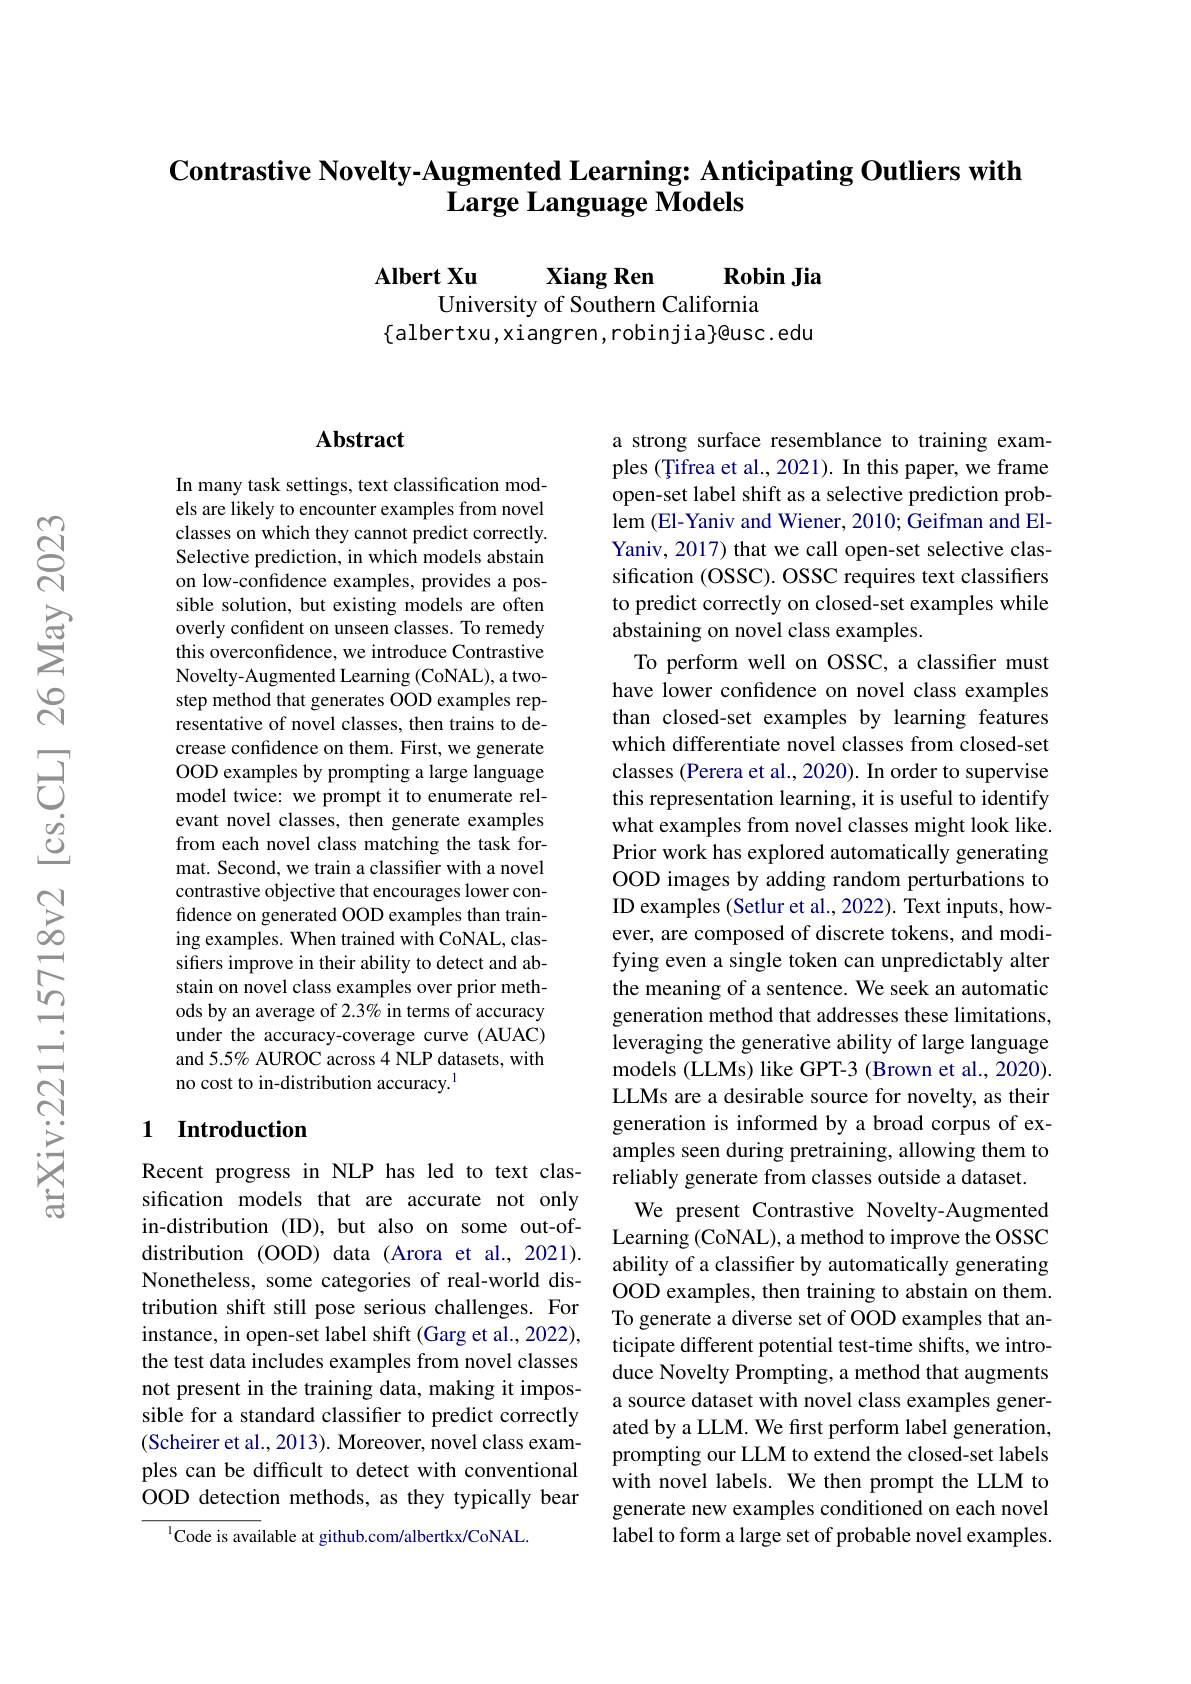
## $\textbf{Contrastive Novelty- Augmented Learning: Anticipating Outliers with}$ $\textbf{Large Language Models}$

$\mathbf{RobinJia}$
$\mathbf{AlbertXu}$
Xiang Ren
University of Southern California
$\{$albertxu,xiangren,robinjia}@usc.edu

## Abstract

In many task settings, text classification models are likely to encounter examples from novel classes on which they cannot predict correctly. Selective prediction, in which models abstain on low-confdence examples, provides a possible solution, but existing models are often overly confident on unseen classes. To remedy this overconfidence, we introduce Contrastive Novelty-Augmented Learning (CoNAL), a twostep method that generates OOD examples representative of novel classes, then trains to decrease confidence on them. First, we generate OOD examples by prompting a large language model twice: we prompt it to enumerate relevant novel classes, then generate examples from each novel class matching the task format. Second, we train a classifier with a novel contrastive objective that encourages lower confidence on generated OOD examples than training examples. When trained with CoNAL, classifiers improve in their ability to detect and abstain on novel class examples over prior methods by an average of 2.3% in terms of accuracy under the accuracy-coverage curve (AUAC) and 5.5% AUROC across 4 NLP datasets, with no cost to in-distribution accuracy.$^{\mathrm{l}}$

## 1 Introduction

Recent progress in NLP has led to text classification models that are accurate not only in-distribution (ID), but also on some out-ofdistribution (OOD) data (Arora et al., 2021). Nonetheless, some categories of real-world distribution shift still pose serious challenges. For instance, in open-set label shift (Garg et al., 2022), the test data includes examples from novel classes not present in the training data, making it impossible for a standard classifier to predict correctly (Scheirer et al., 2013). Moreover, novel class examples can be difficult to detect with conventional OOD detection methods, as they typically bear
$^{1}$Code is available at github.com/albertkx/CoNAL

a strong surface resemblance to training examples (Țifrea et al., 2021). In this paper, we frame open-set label shift as a selective prediction problem (El-Yaniv and Wiener, 2010; Geifman and ElYaniv, 2017) that we call open-set selective classification (OSSC). OSSC requires text classifiers to predict correctly on closed-set examples while abstaining on novel class examples.
To perform well on OSSC, a classifier must have lower confidence on novel class examples than closed-set examples by learning features which differentiate novel classes from closed-set classes (Perera et al., 2020). In order to supervise this representation learning, it is useful to identify what examples from novel classes might look like. Prior work has explored automatically generating OOD images by adding random perturbations to ID examples (Setlur et al., 2022). Text inputs, however, are composed of discrete tokens, and modifying even a single token can unpredictably alter the meaning of a sentence. We seek an automatic generation method that addresses these limitations, leveraging the generative ability of large language models (LLMs) like GPT-3 (Brown et al., 2020). LLMs are a desirable source for novelty, as their generation is informed by a broad corpus of examples seen during pretraining, allowing them to reliably generate from classes outside a dataset.
We present Contrastive Novelty-Augmented Learning (CoNAL), a method to improve the OSSC ability of a classifier by automatically generating OOD examples, then training to abstain on them. To generate a diverse set of OOD examples that anticipate different potential test-time shifts, we introduce Novelty Prompting, a method that augments a source dataset with novel class examples generated by a LLM. We frst perform label generation, prompting our LLM to extend the closed-set labels with novel labels. We then prompt the LLM to generate new examples conditioned on each novel label to form a large set of probable novel examples.